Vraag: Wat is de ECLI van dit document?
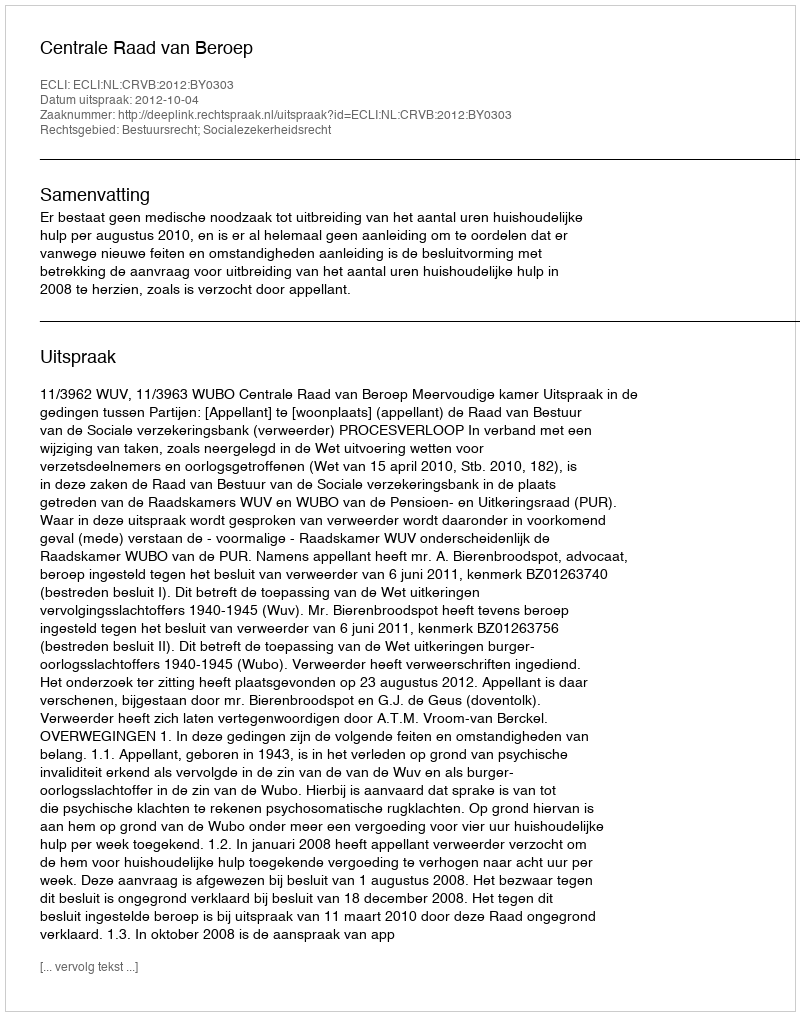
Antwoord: ECLI:NL:CRVB:2012:BY0303